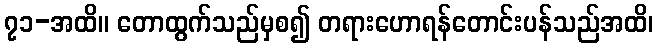
၇၁-အထိ။ တောထွက်သည်မှစ၍ တရားဟောရန်တောင်းပန်သည်အထိ၊